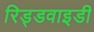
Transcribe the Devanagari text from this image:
रिड्डवाइडी